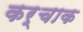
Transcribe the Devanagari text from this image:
कर्चाक